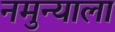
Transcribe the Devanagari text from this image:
नमुन्याला